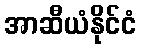
အာဆီယံနိုင်ငံ